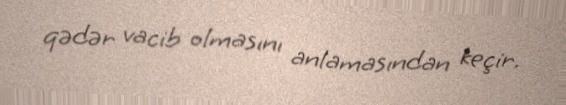
qədər vacib olmasını anlamasından keçir.